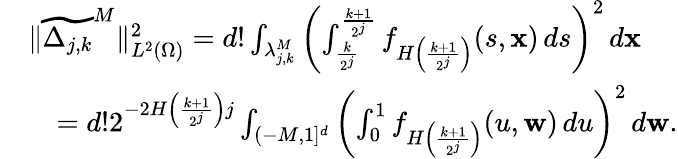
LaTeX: \begin{array}{rl}&{\| \widetilde{\Delta_{j,k}}^{M}\| _{L^{2}(\Omega)}^{2}=d!\int_{\lambda_{j,k}^{M}}\left(\int_{\frac{k}{2^{j}}}^{\frac{k+1}{2^{j}}}f_{H\left(\frac{k+1}{2^{j}}\right)}(s,\mathbf{x})\, ds\right)^{2}\, d\mathbf{x}}\\ &{\quad=d!2^{-2H\left(\frac{k+1}{2^{j}}\right)j}\int_{(-M,1]^{d}}\left(\int_{0}^{1}f_{H\left(\frac{k+1}{2^{j}}\right)}(u,\mathbf{w})\, du\right)^{2}\, d\mathbf{w}.}\end{array}